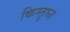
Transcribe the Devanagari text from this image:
किस्तुघ्न